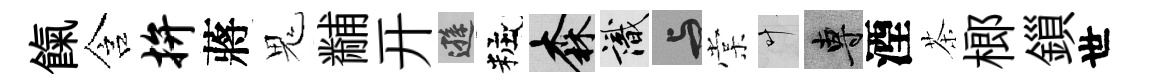
餼含拚蔣鬼黼开遜粧森識与棠叶專湮茶榔鎻世